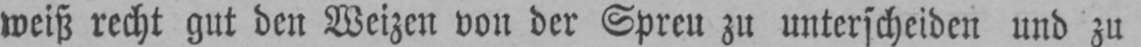
weiß recht gut den Weizen von der Spreu zu unterscheiden und zu